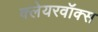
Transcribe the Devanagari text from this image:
क्लेयरवॉक्स